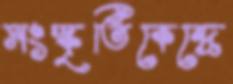
সংস্কৃতিকেন্দ্রে